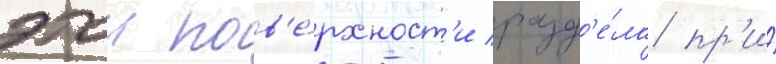
этои пов'е́рхност'и разд'е́ла пр'и́